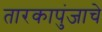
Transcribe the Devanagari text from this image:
तारकापुंजाचे